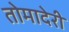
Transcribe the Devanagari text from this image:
तोमादेरी